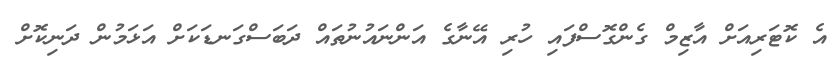
އެ ކޮޓަރިއަށް އާޒިމް ގެންގޮސްފައި ހުރި އޭނާގެ އަންނައުނުތައް ދަބަސްގަނޑަކަށް އަޅަމުން ދަނިކޮށް